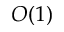
O ( 1 )